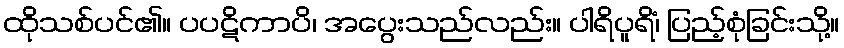
ထိုသစ်ပင်၏။ ပပဋိကာပိ၊ အပွေးသည်လည်း။ ပါရိပူရိံ၊ ပြည့်စုံခြင်းသို့။